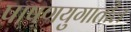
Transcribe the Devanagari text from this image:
पाषणयुगातील